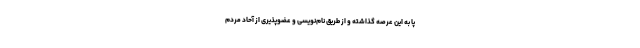
پا به این عرصه گذاشته و از طریق نام‌نویسی و عضوپذیری از آحاد مردم